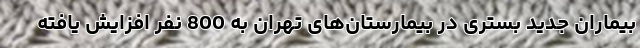
بیماران جدید بستری در بیمارستان‌های تهران به 800 نفر افزایش یافته